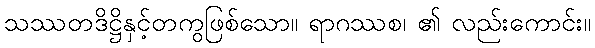
သဿတဒိဋ္ဌိနှင့်တကွဖြစ်သော။ ရာဂဿစ၊ ၏ လည်းကောင်း။